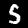
Digit: 5